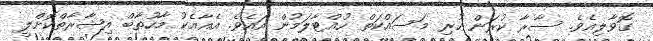
ގޮވާލިއެވެ. ސާރާ ކުރަން ހުރި މަސައްކަތް ހުއްޓާލަމުން އައެވެ. އެއާއެކު މާހުތާބް އިޝާރާތްކޮށްލީ